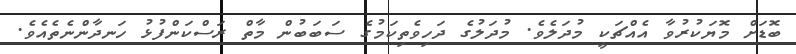
ބޮޑަށް މޮޔަކުރުވާ އެއްޗަކީ މުދަލެވެ. މުދަލުގެ ދަހިވެތިކަމުގެ ސަބަބުން މާތް ރަސްކަންފުޅު ހަނދާންނެތެއެވެ.